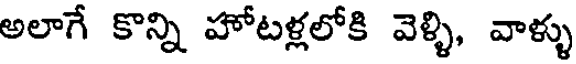
అలాగే కొన్ని హోటళ్లలోకి వెళ్ళి, వాళ్ళు